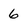
Character: 6